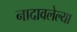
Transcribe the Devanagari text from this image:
नादावलेल्या